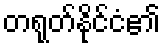
တရုတ်နိုင်ငံ၏